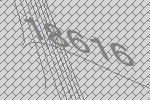
18616